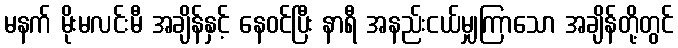
မနက် မိုးမလင်းမီ အချိန်နှင့် နေဝင်ပြီး နာရီ အနည်းငယ်မျှကြာသော အချိန်တို့တွင်